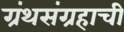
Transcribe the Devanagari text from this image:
ग्रंथसंग्रहाची